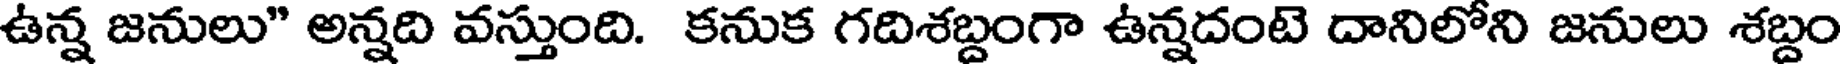
ఉన్న జనులు" అన్నది వస్తుంది. కనుక గదిశబ్దంగా ఉన్నదంటె దానిలోని జనులు శబ్దం